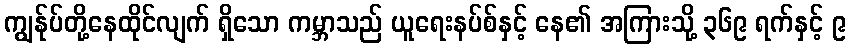
ကျွန်ုပ်တို့နေထိုင်လျက် ရှိသော ကမ္ဘာသည် ယူရေးနပ်စ်နှင့် နေ၏ အကြားသို့ ၃၆၉ ရက်နှင့် ၉